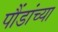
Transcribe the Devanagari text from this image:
पौंडांच्या